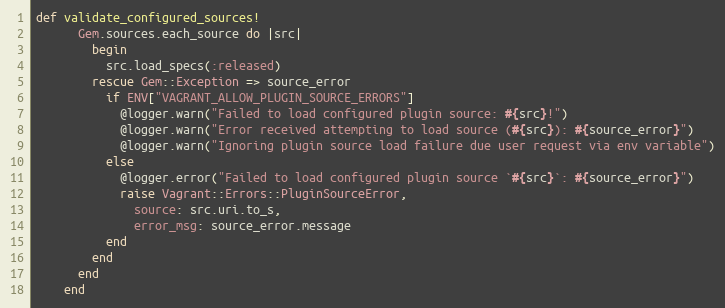
Language: Ruby
def validate_configured_sources!
      Gem.sources.each_source do |src|
        begin
          src.load_specs(:released)
        rescue Gem::Exception => source_error
          if ENV["VAGRANT_ALLOW_PLUGIN_SOURCE_ERRORS"]
            @logger.warn("Failed to load configured plugin source: #{src}!")
            @logger.warn("Error received attempting to load source (#{src}): #{source_error}")
            @logger.warn("Ignoring plugin source load failure due user request via env variable")
          else
            @logger.error("Failed to load configured plugin source `#{src}`: #{source_error}")
            raise Vagrant::Errors::PluginSourceError,
              source: src.uri.to_s,
              error_msg: source_error.message
          end
        end
      end
    end